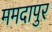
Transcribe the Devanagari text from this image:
ममदापुर